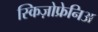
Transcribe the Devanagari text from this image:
स्किज़ोफ्रेनिअ